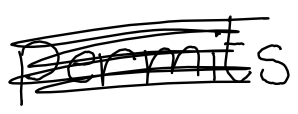
Text: permits
Cross-out: scratch
Writing tool: digital_black